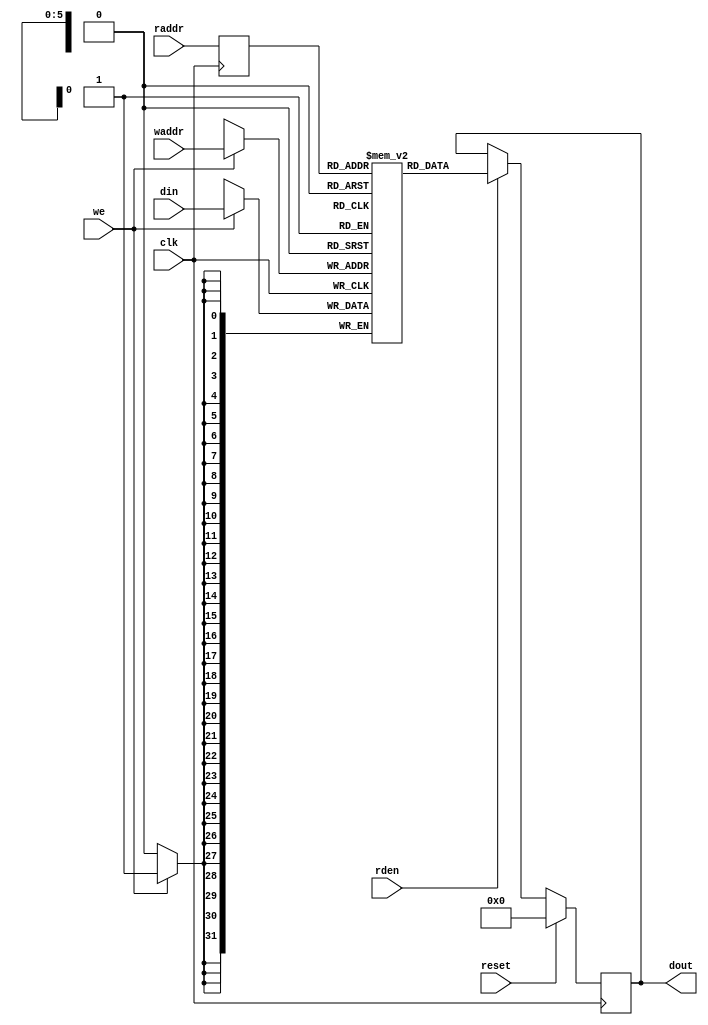
// ==============================================================
// Vitis HLS - High-Level Synthesis from C, C++ and OpenCL v2022.1 (64-bit)
// Tool Version Limit: 2022.04
// Copyright 1986-2022 Xilinx, Inc. All Rights Reserved.
// ==============================================================

`timescale 1ns/1ps

module userdma_fifo_w32_d64_A_ram
#(parameter
    MEM_STYLE   = "auto",
    DATA_WIDTH  = 32,
    ADDR_WIDTH  = 6,
    DEPTH       = 63
)
(
    input  wire                  clk,
    input  wire                  reset,
    input  wire                  we,
    input  wire [ADDR_WIDTH-1:0] waddr,
    input  wire [DATA_WIDTH-1:0] din,
    input  wire [ADDR_WIDTH-1:0] raddr,
    input  wire                  rden,
    output reg  [DATA_WIDTH-1:0] dout
);

(* ram_style = MEM_STYLE, rw_addr_collision = "yes" *)
reg  [DATA_WIDTH-1:0] mem[0:DEPTH-1];
reg  [ADDR_WIDTH-1:0] raddr_reg;

//write to ram
always @(posedge clk) begin
    if (we)
        mem[waddr] <= din;
end

//buffer the raddr
always @(posedge clk) begin
    raddr_reg <= raddr;
end

//read from ram
always @(posedge clk) begin
    if (reset)
        dout <= 0;
    else if (rden)
        dout <= mem[raddr_reg];
end

endmodule

module userdma_fifo_w32_d64_A
#(parameter
    MEM_STYLE   = "auto",
    DATA_WIDTH  = 32,
    ADDR_WIDTH  = 6,
    DEPTH       = 63
)
(
    // system signal
    input  wire                  clk,
    input  wire                  reset,

    // write
    output wire                  if_full_n,
    input  wire                  if_write_ce,
    input  wire                  if_write,
    input  wire [DATA_WIDTH-1:0] if_din,

    // read
    output reg  [ADDR_WIDTH:0]   if_num_data_valid,
    output wire [ADDR_WIDTH:0]   if_fifo_cap,
    output wire                  if_empty_n,
    input  wire                  if_read_ce,
    input  wire                  if_read,
    output wire [DATA_WIDTH-1:0] if_dout
);
//------------------------Parameter----------------------

//------------------------Local signal-------------------
reg  [ADDR_WIDTH-1:0] waddr = 1'b0;
reg  [ADDR_WIDTH-1:0] raddr = 1'b0;
wire [ADDR_WIDTH-1:0] wnext;
wire [ADDR_WIDTH-1:0] rnext;
wire                  push;
wire                  pop;
reg  [ADDR_WIDTH:0]   mOutPtr = 1'b0;
reg                   full_n = 1'b1;
reg                   empty_n = 1'b0;
reg                   dout_vld = 1'b0;


//------------------------Instantiation------------------
userdma_fifo_w32_d64_A_ram
#(
 .MEM_STYLE(MEM_STYLE),
 .DATA_WIDTH(DATA_WIDTH),
 .ADDR_WIDTH(ADDR_WIDTH),
 .DEPTH(DEPTH))
U_userdma_fifo_w32_d64_A_ram(
 .clk(clk),
 .reset(reset),
 .we(push),
 .waddr(waddr),
 .din(if_din),
 .raddr(rnext),
 .rden(pop),
 .dout(if_dout)
);

//------------------------Task and function--------------

//------------------------Body---------------------------
assign if_full_n  = full_n;
assign if_empty_n = dout_vld;
assign push       = full_n & if_write_ce & if_write;
assign pop        = empty_n & if_read_ce & (if_read | ~dout_vld);
assign wnext      = !push                ? waddr :
                    (waddr == DEPTH - 1) ? 1'b0  :
                    waddr + 1'b1;
assign rnext      = !pop                 ? raddr :
                    (raddr == DEPTH - 1) ? 1'b0  :
                    raddr + 1'b1;

// waddr
always @(posedge clk) begin
    if (reset == 1'b1)
        waddr <= 1'b0;
    else
        waddr <= wnext;
end

// raddr
always @(posedge clk) begin
    if (reset == 1'b1)
        raddr <= 1'b0;
    else
        raddr <= rnext;
end

// mOutPtr
always @(posedge clk) begin
    if (reset == 1'b1)
        mOutPtr <= 1'b0;
    else if (push & ~pop)
        mOutPtr <= mOutPtr + 1'b1;
    else if (~push & pop)
        mOutPtr <= mOutPtr - 1'b1;
end

// full_n
always @(posedge clk) begin
    if (reset == 1'b1)
        full_n <= 1'b1;
    else if (push & ~pop)
        full_n <= (mOutPtr != DEPTH - 1);
    else if (~push & pop)
        full_n <= 1'b1;
end

// empty_n
always @(posedge clk) begin
    if (reset == 1'b1)
        empty_n <= 1'b0;
    else if (push & ~pop)
        empty_n <= 1'b1;
    else if (~push & pop)
        empty_n <= (mOutPtr != 1'b1);
end

// if_num_data_valid
always @(posedge clk) begin
    if (reset == 1'b1)
        if_num_data_valid <= 'b0;
    else if (pop)
        if_num_data_valid <= mOutPtr + push;
    else if (~(if_read_ce & if_read) & dout_vld)
        if_num_data_valid <= mOutPtr + push + 1;
    else
        if_num_data_valid <= 'b0;
end
assign if_fifo_cap  = DEPTH;

// dout_vld
always @(posedge clk) begin
    if (reset == 1'b1)
        dout_vld <= 1'b0;
    else if (pop)
        dout_vld <= 1'b1;
    else if (if_read_ce & if_read)
        dout_vld <= 1'b0;
end

endmodule